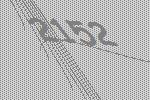
2152